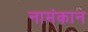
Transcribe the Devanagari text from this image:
नामंकान